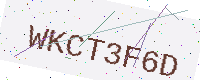
Text: WKCT3F6D